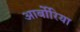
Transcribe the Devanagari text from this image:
आर्बोरिया